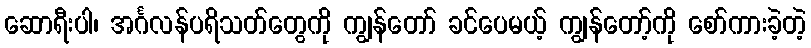
ဆောရီးပါ၊ အင်္ဂလန်ပရိသတ်တွေကို ကျွန်တော် ခင်ပေမယ့် ကျွန်တော့်ကို စော်ကားခဲ့တဲ့